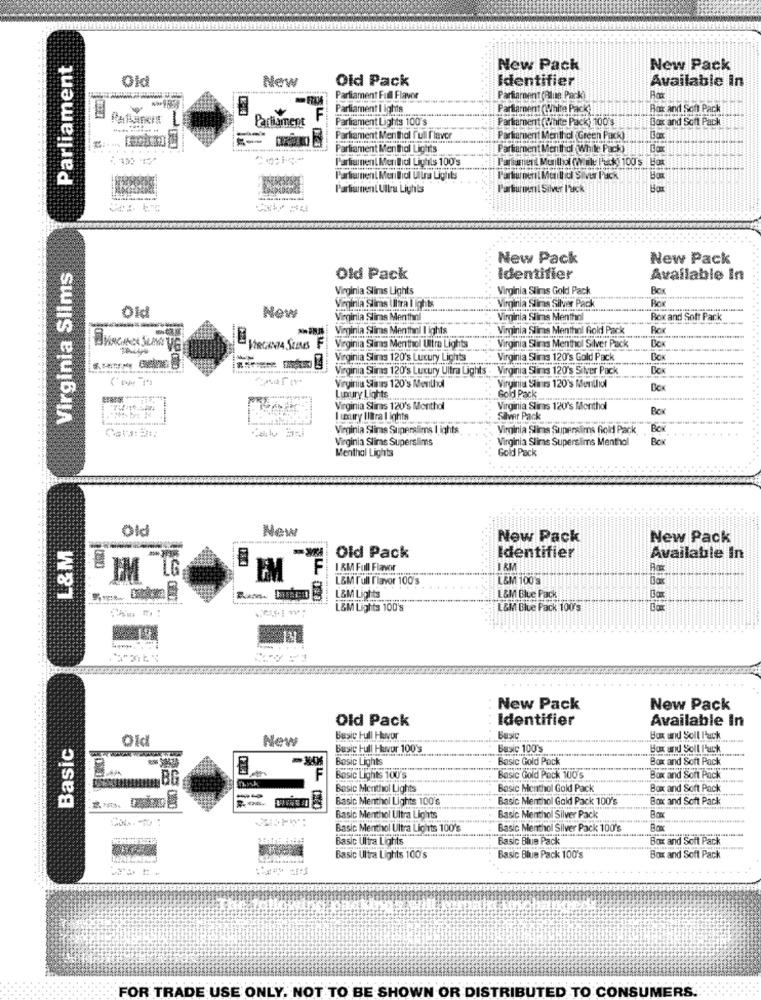
Parliament
New Pack
New Pack
Old
New
Old Pack
Identifier
Available In
Parliament Full Flavor
Partitament (Rlule Pack)
Parliament I ights
Partament (plaire Pack I !!
Box and Son Pack
1
Parliament
Parliament Lights 100's
Partament (Cihite Pack) 100's
Box and Soft Pack
Parliament Menthol full ['lever
Partament Menthol Green Pack)
Parliament Menthol Lights
Partament Menthol (While Pack)
Parliament MerIhol Lights 100's
Partiaunent MeriBol Ulina Ligtits
Partunent Meill ic Silver Puck
Parliament Ultra Lights
Parturienil Silver l'uck
New Pack
New Pack
Virginia Slims
Old Pack
Identifier
Available In
Virginia Slims Lights
Virginia Slims Gold Pack
Box
Virginia Slims Ultra I ights
a Slims Silver Pack
Rox
Vim
Old
New
Virginia Slims Menthol
Virginia Slims Menthol
Box and Soft Pack
Virginia Slimas Menthol I ights
Virginia Slims Menthol Gold Pack
Ro
VIRGINIA SUIS F
Virginia Slims Menthol Ultra Lights
Virginia Slims Menthol Silver Pack
Virginia Slims 120's Luxury Lights
Virginia Slims 120's Gold Pack
Virginia Slims 120's Luxury Ultra Lights . Virginia Slims 120's Silver Pack
Virginia Slinrs 120's Menthal
Virginia Stints 120's Menthol
Gold Pack
BOK
Luxury Lights
Virginia Slims 120's Monthal
Virginia Slims 120's Monthal
Bow
I miry littral ights_
Silver Pack
Virginia Slims Superslims I ights
Virginia Slims Supersims fold Pack
BOK
Virginia Slims Superslims
Virginia Slims Superslims Menthol
BOK
Menthal Lights
Gold Pack
New
New Pack
New Pack
L&M
--
Old Pack
Identifier
Available In
LG
F
1 &M Full Flavw
I &M
IM
L&M Full Flavor 100's
L&M 100'S
Bax
L&M Lights
L&M Blue Pack
L&M Lights 100's
L&M Blue Pack 100's
New Pack
New Pack
Old Pack
Identifier
Available In
Basic
Old
New
Basic Full Huvur
Basic
Box and Soll Pack
Basic Full Huvu
Basic 100's
Box and Soll Puck.
Basic Lights
Basic Gold Pack
Box and Soft Pack
Box and Sont Pack
F
Basic Lights 100's
Basic Gold Pack 100$
Basic Menthol Lights
Basic Menthol Gold Pack
Box and Soft Pack
Basic Menthol Lights 100'S
Basic Menthol Gold Pack 100's
Box and Soft Pack
Basic Menthol Ultra Lights
Basic Menthol Silver Pack
Basic Menthol Ultra Lights 100's
Basic Menthol Silver Pack 100's
Basic Ultra
Basic Blue Pack
Box and Soft Pack
Basic Ultra Lights 100's
Basic Blue Pack 100's
Box and Soft Pack
FOR TRADE USE ONLY. NOT TO BE SHOWN OR DISTRIBUTED TO CONSUMERS.